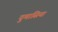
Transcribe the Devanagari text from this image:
दुमासिया